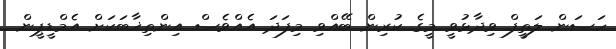
ހަސަން ލަތީފް ވިދާޅުވީ މީގެ ކުރިން ބޭއްވި މިފަދަ އެއްވެސް އިންތިޚާބަކަށް އެމްޑީޕީން